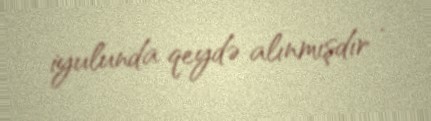
iyulunda qeydə alınmışdır .